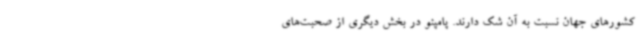
کشورهای جهان نسبت به آن شک دارند. پامپئو در بخش دیگری از صحبت‌های